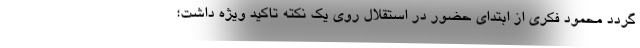
گردد محمود فکری از ابتدای حضور در استقلال روی یک نکته تاکید ویژه داشت؛